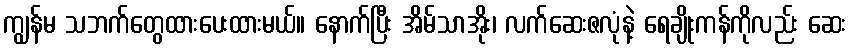
ကျွန်မ သဘက်တွေထားပေးထားမယ်။ နောက်ပြီး အိမ်သာအိုး၊ လက်ဆေးဇလုံနဲ့ ရေချိုးကန်ကိုလည်း ဆေး